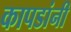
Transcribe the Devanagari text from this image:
कापडांनी